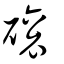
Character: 磙